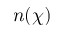
n ( \chi )